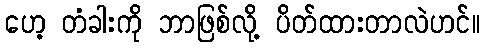
ဟေ့ တံခါးကို ဘာဖြစ်လို့ ပိတ်ထားတာလဲဟင်။